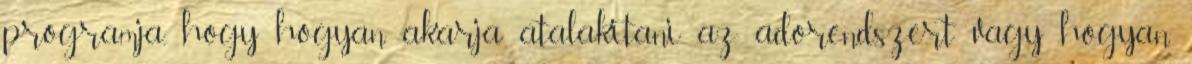
programja, hogy hogyan akarja atalakitani az adorendszert vagy hogyan